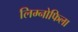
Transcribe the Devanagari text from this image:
लिम्नोफिला